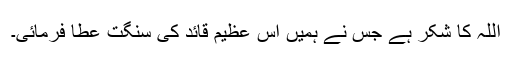
اللہ کا شکر ہے جس نے ہمیں اس عظیم قاٖئد کی سنگت عطا فرمائی۔